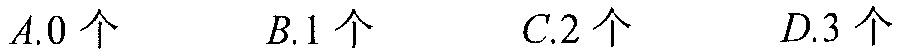
\(A.0\text{ 个}\)  \(B.1\text{ 个}\)  \(C.2\text{ 个}\)  \(D.3\text{ 个}\)